Scottish Leaving Certificate Examination, 1952
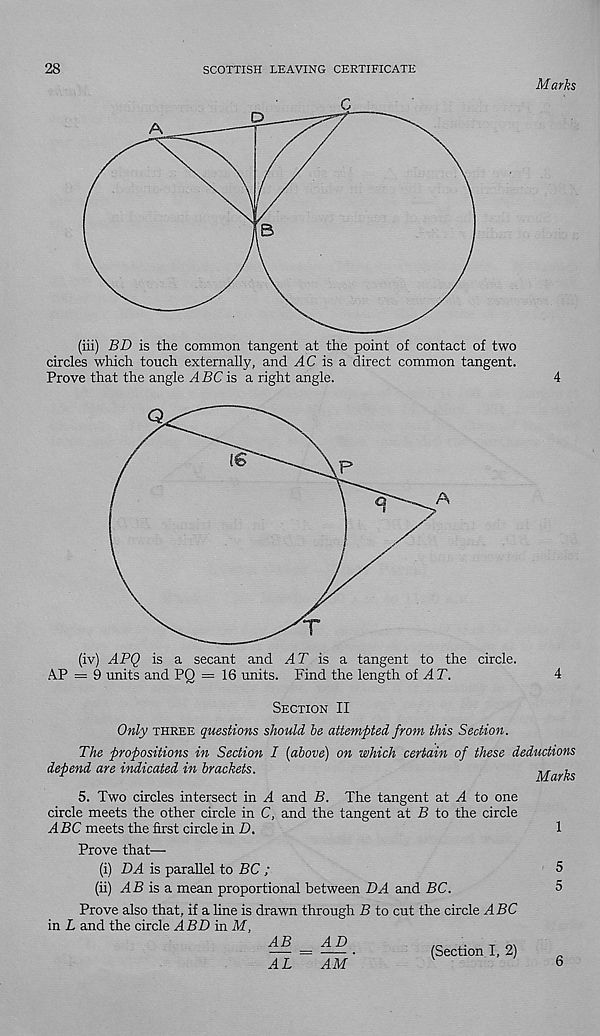
28
SCOTTISH LEAVING CERTIFICATE
Marks
(iii) BD is the common tangent at the point of contact of two
circles which touch externally, and ^4C is a direct common tangent.
Prove that the angle ABC is a right angle.
4
(iv) APQ is a secant and
is a tangent to the circle.
A.P = 9 units and PQ = 16 units. Find the length of ^4r.
4
SECTION II
Only THREE questions should he attempted from this Section.
The propositions in Section I (above) on which certain of these deductions
depend are indicated in brackets.
Marks
5. Two circles intersect in A and B. The tangent at A to one
circle meets the other circle in C, and the tangent at B to the circle
meets the first circle in D.
1
Prove that—
(i) DA is parallel to BC ;
(ii)
is a mean proportional between DA and BC.
Prove also that, if a line is drawn through B to cut the circle ABC
in L and the circle ABD in M,
AiB
AL
AD
AM'
5
5
(Section I, 2)
6